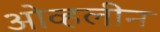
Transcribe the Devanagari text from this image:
ओव्हलीन